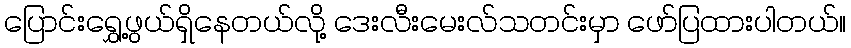
ပြောင်းရွှေ့ဖွယ်ရှိနေတယ်လို့ ဒေးလီးမေးလ်သတင်းမှာ ဖော်ပြထားပါတယ်။